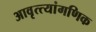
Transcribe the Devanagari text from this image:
आवृत्त्यांगणिक